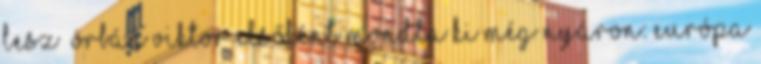
lesz” Orbán Viktor elsőként mondta ki még nyáron: Európa